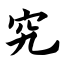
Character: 究